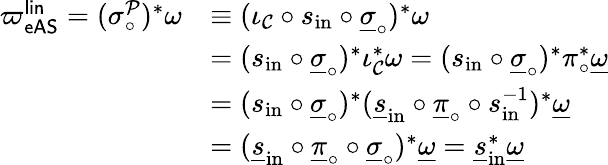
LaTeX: \begin{array}{rl}{{{\varpi}_{\mathsf{eAS}}^{\mathsf{lin}}}=(\sigma_{\circ}^{\mathcal{P}})^{*}\omega}&{\equiv(\iota_{\mathcal{C}}\circ s_{\mathrm{in}}\circ\underline{\sigma}_{\circ})^{*}\omega}\\ &{=(s_{\mathrm{in}}\circ\underline{\sigma}_{\circ})^{*}\iota_{\mathcal{C}}^{*}\omega=(s_{\mathrm{in}}\circ\underline{\sigma}_{\circ})^{*}\pi_{\circ}^{*}\underline{{\omega}}}\\ &{=(s_{\mathrm{in}}\circ\underline{\sigma}_{\circ})^{*}(\underline{{s}}_{\mathrm{in}}\circ\underline{{\pi}}_{\circ}\circ s_{\mathrm{in}}^{-1})^{*}\underline{{\omega}}}\\ &{=(\underline{{s}}_{\mathrm{in}}\circ\underline{{\pi}}_{\circ}\circ\underline{{\sigma}}_{\circ})^{*}\underline{{\omega}}=\underline{{s}}_{\mathrm{in}}^{*}\underline{{\omega}}}\end{array}